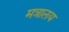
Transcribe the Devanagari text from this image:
मत्रालय